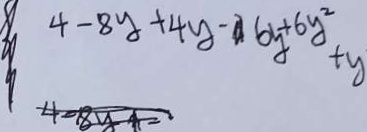
4 - 8 y + 4 y - 6 y + 6 y ^ { 2 } + y